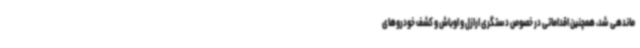
ماندهی شد، همچنین اقداماتی در خصوص دستگری ارازل و اوباش و کشف خودروهای